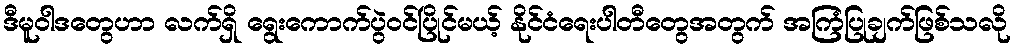
ဒီမူဝါဒတွေဟာ လက်ရှိ ရွေးကောက်ပွဲဝင်ပြိုင်မယ့် နိုင်ငံရေးပါတီတွေအတွက် အကြံပြုချက်ဖြစ်သလို